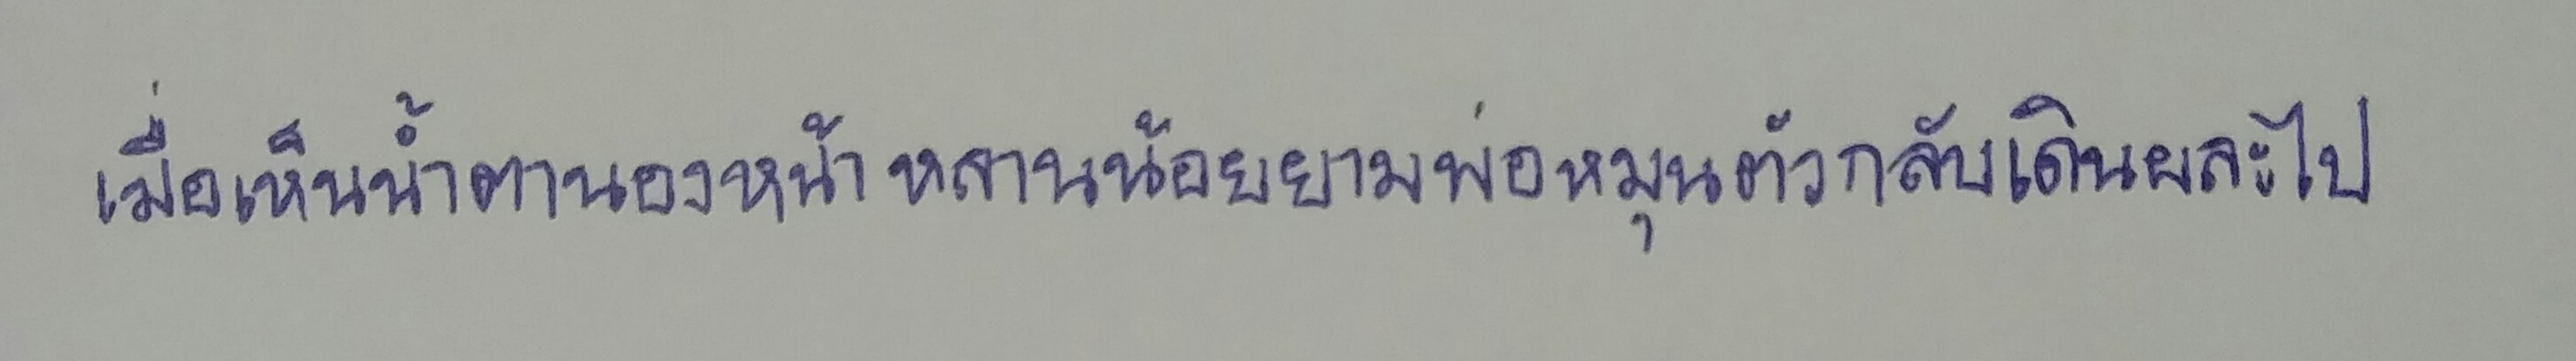
เมื่อเห็นน้ำตานองหน้าหลานน้อยยามพ่อหมุนตัวกลับเดินผละไป